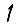
Digit: 1